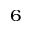
^ { 6 }